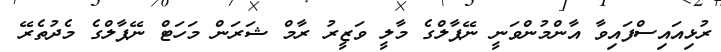
ރުޅިއައިސްފައިވާ އާންމުންވަނީ ނޭޕާލްގެ މާލީ ވަޒީރު ރާމް ޝަރަން މަހަޓް ނޭޕާލްގެ މެދުތެރޭ